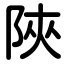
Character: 陜